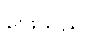
ဖြေသည်